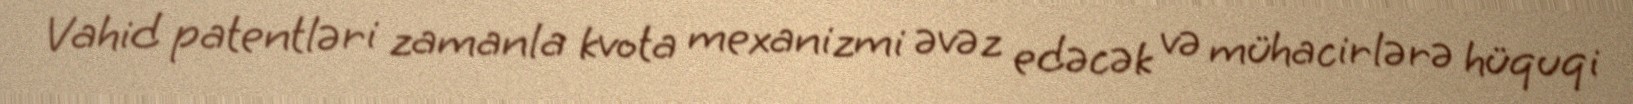
Vahid patentləri zamanla kvota mexanizmi əvəz edəcək və mühacirlərə hüquqi